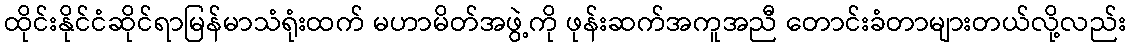
ထိုင်းနိုင်ငံဆိုင်ရာမြန်မာသံရုံးထက် မဟာမိတ်အဖွဲ့ကို ဖုန်းဆက်အကူအညီ တောင်းခံတာများတယ်လို့လည်း